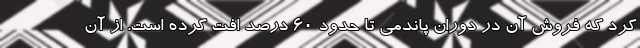
کرد که فروش آن در دوران پاندمی تا حدود ۶۰ درصد افت کرده است. از آن